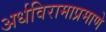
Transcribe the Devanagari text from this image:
अर्धविरामाप्रमाणे